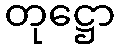
တုဋ္ဌော